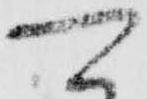
可